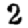
Digit: 2